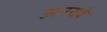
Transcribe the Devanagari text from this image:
अनख्वे